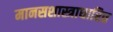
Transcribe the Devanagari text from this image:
मानसशास्त्राधारित